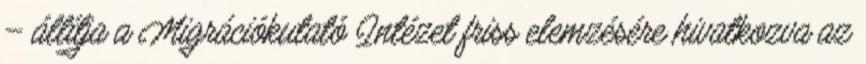
– állítja a Migrációkutató Intézet friss elemzésére hivatkozva az